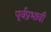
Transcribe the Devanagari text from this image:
पूर्वप्रभावी